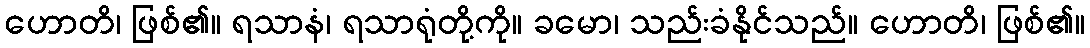
ဟောတိ၊ ဖြစ်၏။ ရသာနံ၊ ရသာရုံတို့ကို။ ခမော၊ သည်းခံနိုင်သည်။ ဟောတိ၊ ဖြစ်၏။